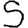
Digit: 5